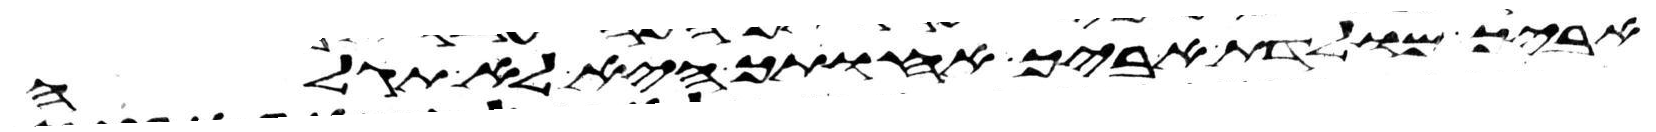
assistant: אביך מולדת אביך אחותך היא לא תגלה